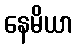
နေမိယာ